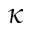
\kappa